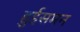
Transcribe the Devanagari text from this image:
हुईसमन